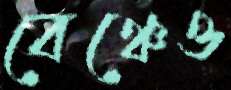
বেঞ্চেও